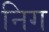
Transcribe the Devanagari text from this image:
निग